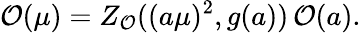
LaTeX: {\cal O}(\mu)=Z_{\cal O}((a\mu)^{2},g(a))\, {\cal O}(a).